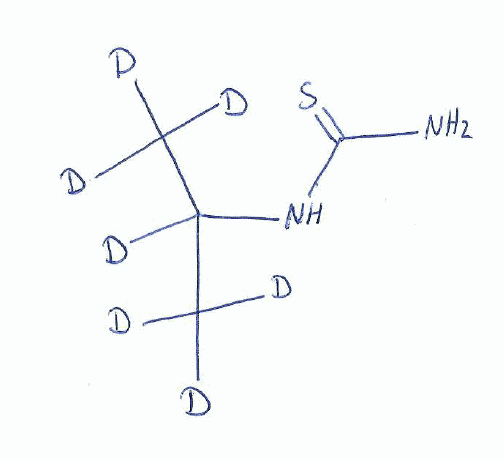
Simplified molecular-input line-entry system (SMILES) notation of the given molecule:
[2H]C([2H])([2H])C([2H])(C([2H])([2H])[2H])NC(=S)N